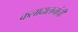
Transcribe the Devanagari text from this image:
कलादालनांची